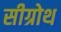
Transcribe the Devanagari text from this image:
सीग्रोथ